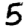
Digit: 5